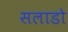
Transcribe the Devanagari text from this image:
सलाडो